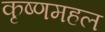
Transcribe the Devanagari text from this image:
कृष्णमहल